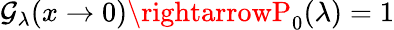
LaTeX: \mathcal{G}_{\lambda}(x\rightarrow0)\rightarrowP_{0}(\lambda)=1